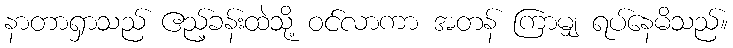
နာတာရှာသည် ဧည့်ခန်းထဲသို့ ဝင်လာကာ အတန် ကြာမျှ ရပ်နေမိသည်။